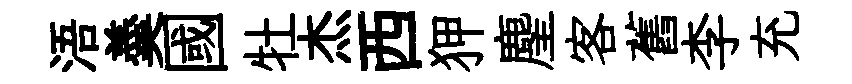
浯羮國牡杰西狎麈客舊李充